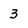
Character: 3